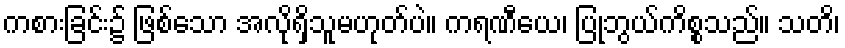
ကစားခြင်း၌ ဖြစ်သော အလိုရှိသူမဟုတ်ပဲ။ ကရဏီယေ၊ ပြုဘွယ်ကိစ္စသည်။ သတိ၊